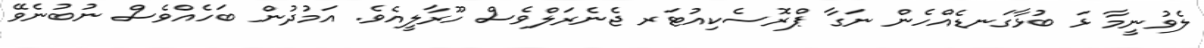
ލެވުނީމާ ޅަ ބުޅާގަނޑެއްހެން ނަގާ ޕްރޮސެކިއުޓަރ ޖެނެރަލްވެސް ހޫރާލީއެވެ. އަމުދުން ބަހެއްވެސް ނުބުނެވޭ